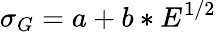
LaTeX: \sigma_{G}=a+b*E^{1/2}